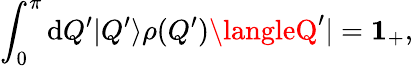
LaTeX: \int_{0}^{\pi}\mathrm{d}Q^{\prime}|Q^{\prime}\rangle\rho(Q^{\prime})\langleQ^{\prime}|={\mathbf{1}_{+}},